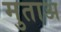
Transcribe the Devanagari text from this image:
मुताअ